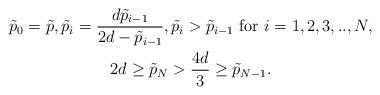
LaTeX: \begin{gather*}\tilde p_0 = \tilde p, \tilde p_i = \frac{d\tilde p_{i-1}}{2d - \tilde p_{i-1}}, \tilde p_i > \tilde p_{i-1}\ {\rm for}\ i =1,2,3,..,N,\\2d \geq \tilde p_{N} > \frac{4d}{3} \geq \tilde p_{N-1}.\end{gather*}